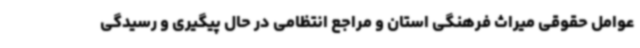
عوامل حقوقی میراث فرهنگی استان و مراجع انتظامی در حال پیگیری و رسیدگی